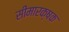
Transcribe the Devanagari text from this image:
सीमारक्षक